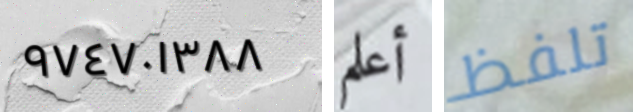
٩٧٤٧٠١٣٨٨ أعلم تلفظ